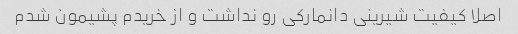
اصلا کیفیت شیرینی دانمارکی رو نداشت و از خریدم پشیمون شدم